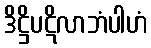
ဒိဋ္ဌိပဋိလာဘံပါဟံ